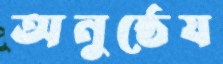
অনুষ্ঠেয